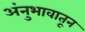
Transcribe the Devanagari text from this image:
अंनुभावातून